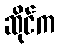
ဆိုင်က